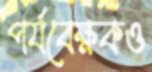
পর্যবেক্ষকও